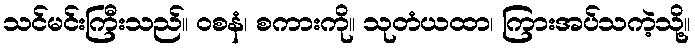
သင်မင်းကြီးသည်။ ဝစနံ၊ စကားကို။ သုတံယထာ၊ ကြားအပ်သကဲ့သို့။